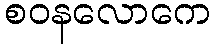
စဝနလောကေ